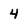
Character: 4